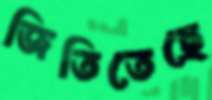
জিতিতেছে